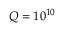
Q = 1 0 ^ { 1 0 }